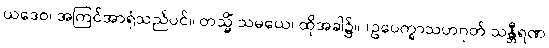
ယဒေဝ၊ အကြင်အာရုံသည်ပင်။ တသ္မိံ သမယေ၊ ထိုအခါ၌။ (ဥပေက္ခာသဟဂုတ် သန္တီရဏ